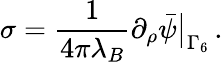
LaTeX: \sigma=\frac{1}{4\pi\lambda_{B}}\partial_{\rho}\bar{\psi}\big|_{\Gamma_{6}}\, .